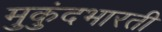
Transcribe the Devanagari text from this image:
मुकुंदभारती